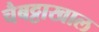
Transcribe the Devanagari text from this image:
चैबट्टाखाल